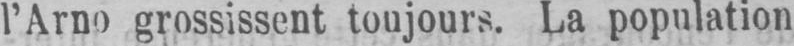
l’Arno grossissent toujours. La population